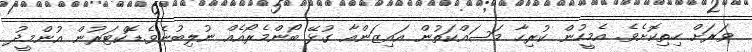
ވަރަށް ހިތިކޮށެވެ. އެމީހުން ކުރިހާ މަސައްކަތުން އައިޒަންއާ ގުޅޭ ބޯންމެރޯއެއް ނުލިބުނެވެ.ޑޮކްޓަރުން އުންމީދު